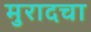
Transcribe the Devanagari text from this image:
मुरादचा